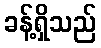
ခန့်ရှိသည်